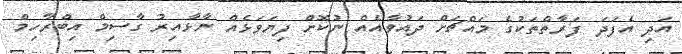
އަދި އެފަދަ ފަރާތްތަކުގެ މައްޗަށް ދައުވާއެއް ނުކޮށް ފިޔަވަޅެއް ނާޅާއިރު ގާސިމް އިބްރާހިމް